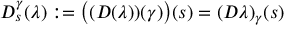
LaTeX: D _ { s } ^ { \gamma } ( \lambda ) : = \bigl ( ( D ( \lambda ) ) ( \gamma ) \bigr ) ( s ) = ( D \lambda ) _ { \gamma } ( s )